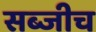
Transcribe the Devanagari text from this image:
सब्जीच